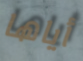
أياها